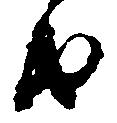
由